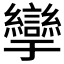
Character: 𰫹